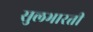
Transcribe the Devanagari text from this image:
सुलभारती